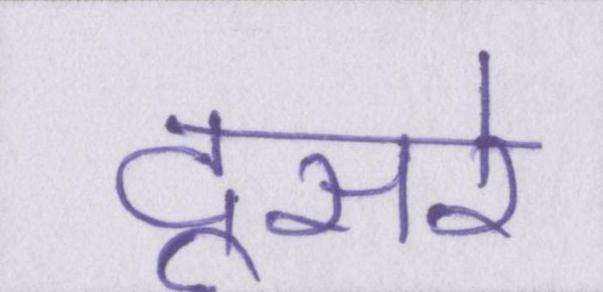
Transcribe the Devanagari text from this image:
दूसरे